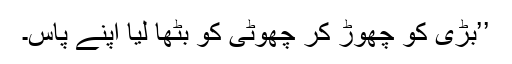
’’بڑی کو چھوڑ کر چھوٹی کو بٹھا لیا اپنے پاس۔